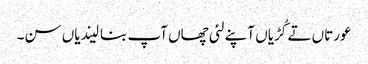
عورتاں تے کُڑیاں آپنے لئی چھاں آپ بنا لیندیاں سن۔